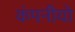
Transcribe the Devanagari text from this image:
कंपनीयो